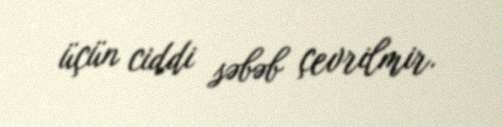
üçün ciddi səbəb çevrilmir.